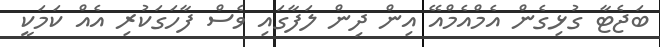
ބަޖެޓާ ގުޅިގެން އެމްއެމްއޭ އިން ދިން ލަފާގައި ވެސް ފާހަގަކުރި އެއް ކަމަކީ